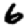
Digit: 6